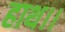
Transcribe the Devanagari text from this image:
हाथ।।